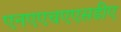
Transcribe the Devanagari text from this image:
एनएएचएएसडीए